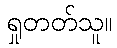
ရှုတတ်သူ။